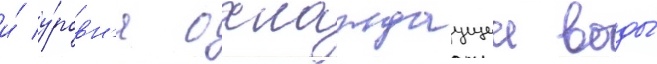
и́ у́ровн'я охлаждаущеи воды́